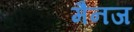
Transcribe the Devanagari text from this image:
मैनज